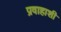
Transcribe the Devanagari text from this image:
प्रवाहाशी